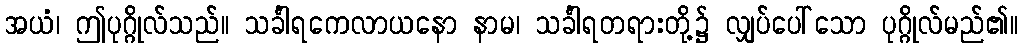
အယံ၊ ဤပုဂ္ဂိုလ်သည်။ သင်္ခါရကေလာယနော နာမ၊ သင်္ခါရတရားတို့၌ လျှပ်ပေါ်သော ပုဂ္ဂိုလ်မည်၏။